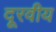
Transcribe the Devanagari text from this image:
दूरवीय